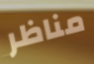
مناظر